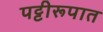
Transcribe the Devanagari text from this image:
पट्टीरूपात